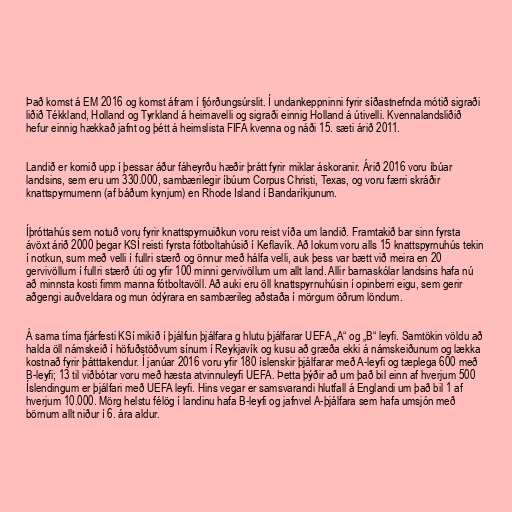
Það komst á EM 2016 og komst áfram í fjórðungsúrslit. Í undankeppninni fyrir síðastnefnda mótið sigraði
liðið Tékkland, Holland og Tyrkland á heimavelli og sigraði einnig Holland á útivelli. Kvennalandsliðið
hefur einnig hækkað jafnt og þétt á heimslista FIFA kvenna og náði 15. sæti árið 2011.

Landið er komið upp í þessar áður fáheyrðu hæðir þrátt fyrir miklar áskoranir. Árið 2016 voru íbúar
landsins, sem eru um 330.000, sambærilegir íbúum Corpus Christi, Texas, og voru færri skráðir
knattspyrnumenn (af báðum kynjum) en Rhode Island í Bandaríkjunum.

Íþróttahús sem notuð voru fyrir knattspyrnuiðkun voru reist víða um landið. Framtakið bar sinn fyrsta
ávöxt árið 2000 þegar KSÍ reisti fyrsta fótboltahúsið í Keflavík. Að lokum voru alls 15 knattspyrnuhús tekin
í notkun, sum með velli í fullri stærð og önnur með hálfa velli, auk þess var bætt við meira en 20
gervivöllum í fullri stærð úti og yfir 100 minni gervivöllum um allt land. Allir barnaskólar landsins hafa nú
að minnsta kosti fimm manna fótboltavöll. Að auki eru öll knattspyrnuhúsin í opinberri eigu, sem gerir
aðgengi auðveldara og mun ódýrara en sambærileg aðstaða í mörgum öðrum löndum.

Á sama tíma fjárfesti KSí mikið í þjálfun þjálfara g hlutu þjálfarar UEFA „A“ og „B“ leyfi. Samtökin völdu að
halda öll námskeið í höfuðstöðvum sínum í Reykjavík og kusu að græða ekki á námskeiðunum og lækka
kostnað fyrir þátttakendur. Í janúar 2016 voru yfir 180 íslenskir ​​þjálfarar með A-leyfi og tæplega 600 með
B-leyfi; 13 til viðbótar voru með hæsta atvinnuleyfi UEFA. Þetta þýðir að um það bil einn af hverjum 500
Íslendingum er þjálfari með UEFA leyfi. Hins vegar er samsvarandi hlutfall á Englandi um það bil 1 af
hverjum 10.000. Mörg helstu félög í landinu hafa B-leyfi og jafnvel A-þjálfara sem hafa umsjón með
börnum allt niður í 6. ára aldur.